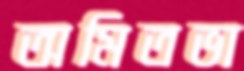
অমিতভা